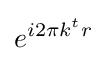
e^{i2\pi k^{t}r}